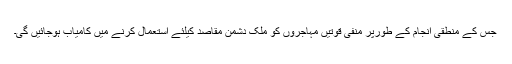
جس کے منطقی انجام کے طورپر منفی قوتیں مہاجروں کو ملک دشمن مقاصد کیلئے استعمال کرنے میں کامیاب ہوجائیں گی۔